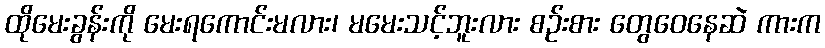
ထိုမေးခွန်းကို မေးရကောင်းမလား၊ မမေးသင့်ဘူးလား စဉ်းစား တွေဝေနေဆဲ ကားက